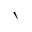
\backprime